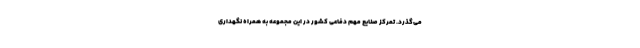
می‌گذرد. تمرکز صنایع مهم دفاعی کشور در این مجموعه به همراه نگهداری